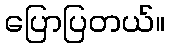
ပြောပြတယ်။